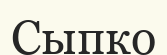
Сыпко